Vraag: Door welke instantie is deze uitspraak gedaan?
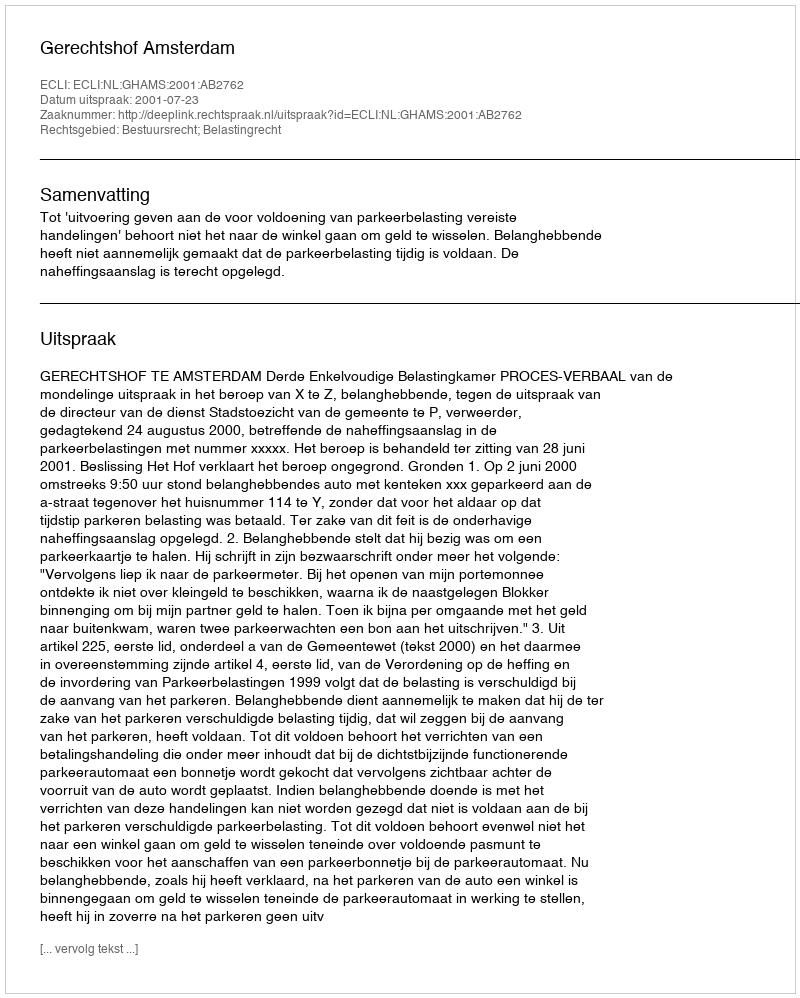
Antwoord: Gerechtshof Amsterdam